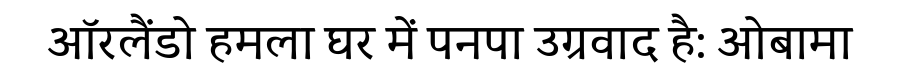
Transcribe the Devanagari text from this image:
ऑरलैंडो हमला घर में पनपा उग्रवाद है: ओबामा